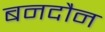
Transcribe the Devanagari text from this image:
बनदौन